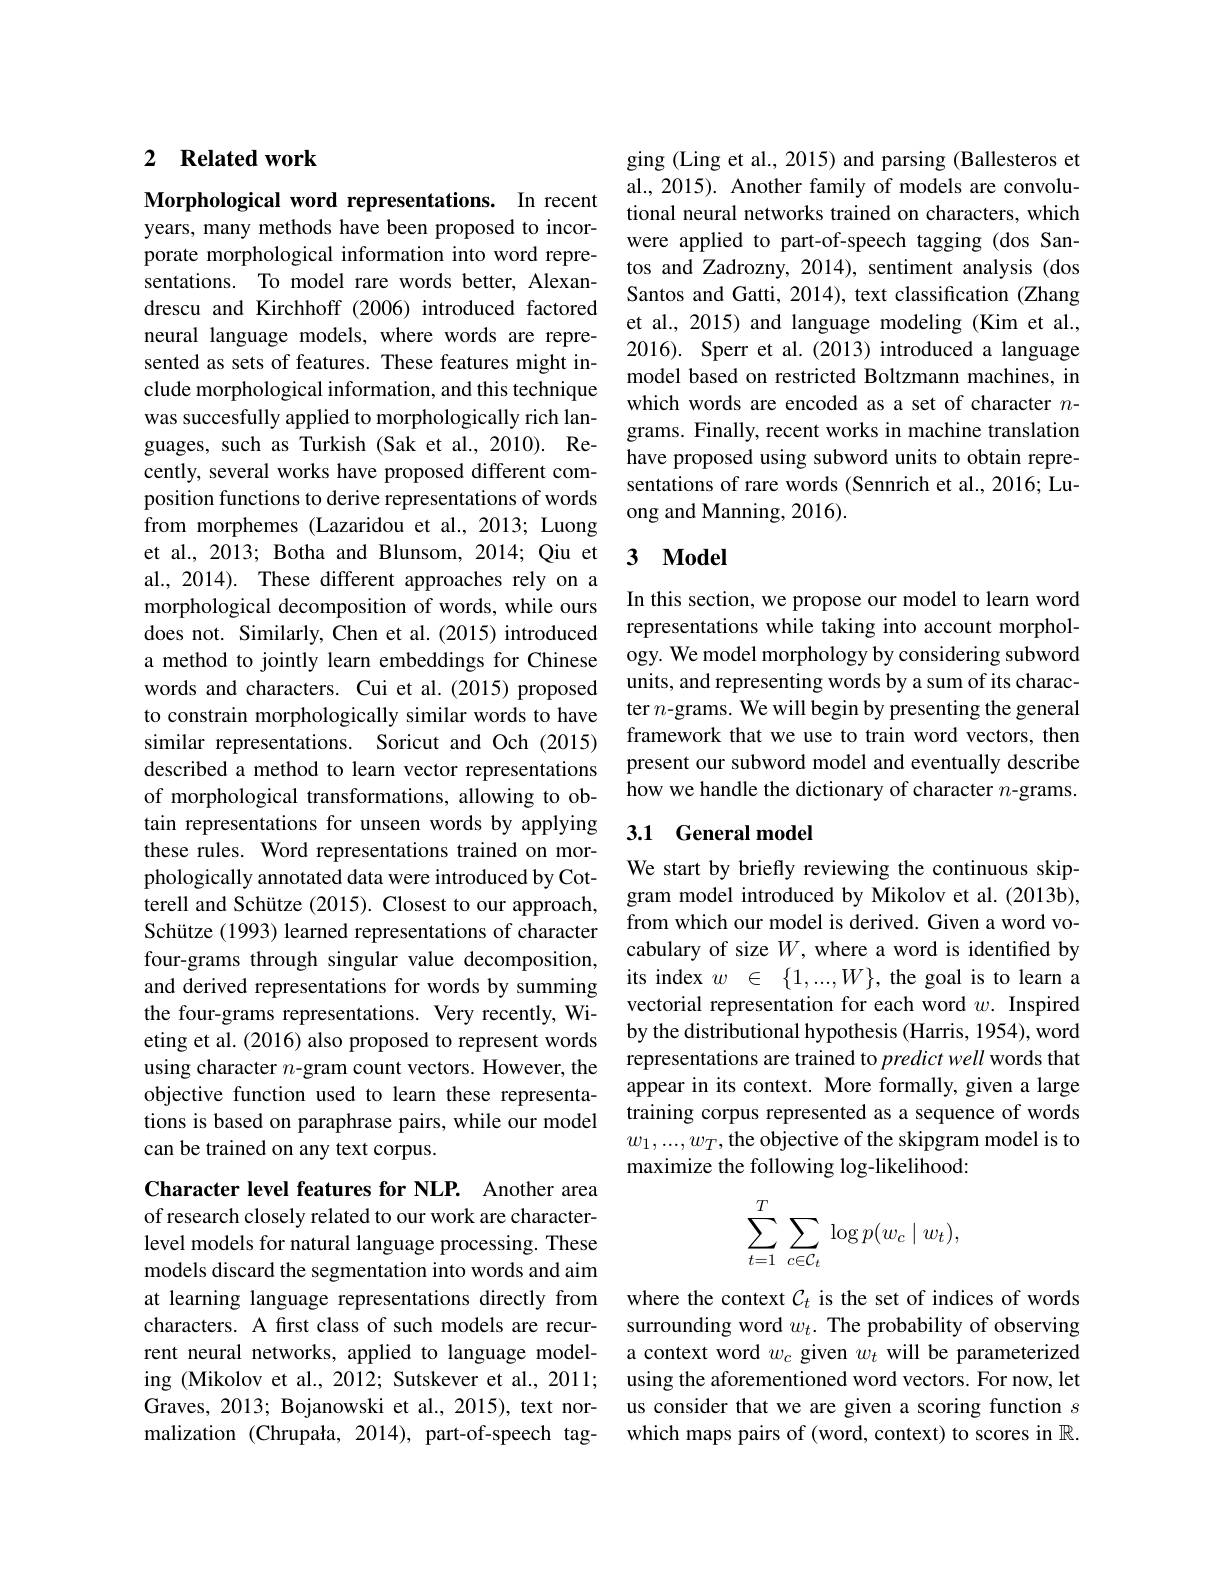
### 2 $\textbf{Related work}$

Morphological word representations. In recent years, many methods have been proposed to incorporate morphological information into word representations. To model rare words better, Alexandrescu and Kirchhoff (2006) introduced factored neural language models, where words are represented as sets of features. These features might include morphological information, and this technique was succesfully applied to morphologically rich languages, such as Turkish (Sak et al., 2010). Recently, several works have proposed different composition functions to derive representations of words from morphemes (Lazaridou et al.,2013; Luong al., 2014). These different approaches rely on a morphological decomposition of words, while ours does not. Similarly, Chen et al.(2015) introduced a method to jointly learn embeddings for Chinese words and characters. Cui et al.(2015) proposed to constrain morphologically similar words to have similar representations. Soricut and Och (2015) described a method to learn vector representations of morphological transformations, allowing to obtain representations for unseen words by applying these rules. Word representations trained on morphologically annotated data were introduced by Cotterell and Schütze (2015). Closest to our approach, Schütze (1993) learned representations of character four-grams through singular value decomposition, and derived representations for words by summing the four-grams representations. Very recently, Wieting et al. (2016) also proposed to represent words using character $n$-gram count vectors. However, the objective function used to learn these representations is based on paraphrase pairs, while our model can be trained on any text corpus.

Character level features for NLP. Another area of research closely related to our work are characterlevel models for natural language processing. These models discard the segmentation into words and aim at learning language representations directly from where the context $\mathcal{C}_t$ is the set of indices of words
characters. A first class of such models are recurrent neural networks, applied to language modeling (Mikolov et al., 2012; Sutskever et al., 2011; using the aforementioned word vectors. For now, let Graves, 2013; Bojanowski et al., 2015), text nor- us consider that we are given a scoring function $s$ malization (Chrupała, 2014), part-of-speech tag-

ging (Ling et al., 2015) and parsing (Ballesteros et al., 2015). Another family of models are convolutional neural networks trained on characters, which were applied to part-of-speech tagging (dos Santos and Zadrozny, 2014), sentiment analysis (dos Santos and Gatti, 2014), text classification (Zhang et al., 2015) and language modeling (Kim et al., 2016). Sperr et al.(2013) introduced a language model based on restricted Boltzmann machines, in which words are encoded as a set of character $n$- grams. Finally, recent works in machine translation have proposed using subword units to obtain representations of rare words (Sennrich et al., 2016; Luong and Manning, 2016).

## et al., 2013; Botha and Blunsom, 2014; Qiu et 3 Model

In this section, we propose our model to learn word representations while taking into account morphology. We model morphology by considering subword units, and representing words by a sum of its character $n$-grams. We will begin by presenting the general framework that we use to train word vectors, then present our subword model and eventually describe how we handle the dictionary of character $n$-grams.

### 3.1 General model

We start by briefly reviewing the continuous skipgram model introduced by Mikolov et al. (2013b), from which our model is derived. Given a word vocabulary of size $W$,where a word is identified by its index $w$ $\in$ $\{ 1, . . . , W\} $, the goal is to learn a vectorial representation for each word $w.$ Inspired by the distributional hypothesis (Harris, 1954), word representations are trained to predict well words that appear in its context. More formally, given a large training corpus represented as a sequence of words $w_1,...,w_T$,the objective of the skipgram model is to maximize the following log-likelihood:
$$\sum\limits_{t=1}^T\sum\limits_{c\in\mathcal{C}_t}\log p(w_c\mid w_t),$$
surrounding word $w_t.$ The probability of observing a context word $w_c$ given $w_t$ will be parameterized which maps pairs of (word, context) to scores in $\mathbb{R}.$